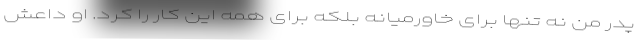
پدر من نه تنها برای خاورمیانه بلکه برای همه این کار را کرد. او داعش